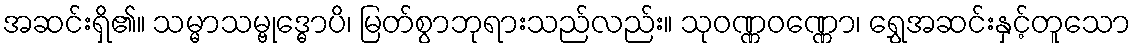
အဆင်းရှိ၏။ သမ္မာသမ္ဗုဒ္ဓောပိ၊ မြတ်စွာဘုရားသည်လည်း။ သုဝဏ္ဏဝဏ္ဏော၊ ရွှေအဆင်းနှင့်တူသော